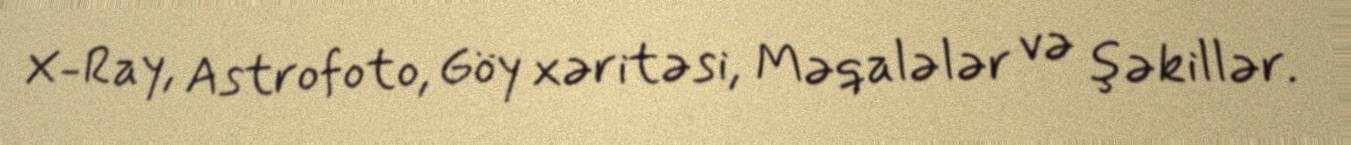
X-Ray, Astrofoto, Göy xəritəsi, Məqalələr və şəkillər.